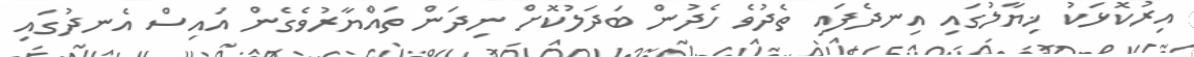
އިރުކޮޅަކު ޚިޔާލުގައި އިނދެފައި ތެދުވެ ހެދުން ބަދަލުކޮށް ނިދަން ތައްޔާރުވެގެން އައިސް އެނދުގައި